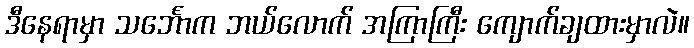
ဒီနေရာမှာ သင်္ဘောက ဘယ်လောက် အကြာကြီး ကျောက်ချထားမှာလဲ။